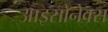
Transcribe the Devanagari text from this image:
आइसोनेक्स